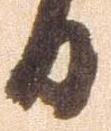
日